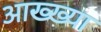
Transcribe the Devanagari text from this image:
आख्‍ख्या